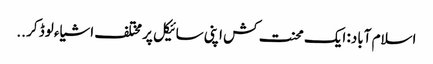
اسلام آباد: ایک محنت کش اپنی سائیکل پر مختلف اشیاء لوڈ کر ..